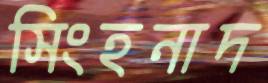
সিংহনাদ